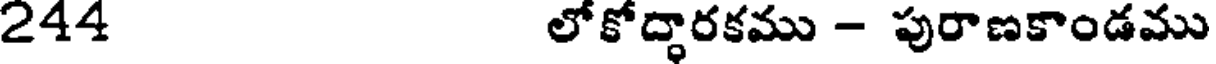
244 లోకోద్ధారకము - పురాణకాండము